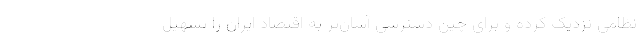
نظامی نزدیک کرده و برای چین دسترسی آسان‌تر به اقتصاد ایران را تسهیل